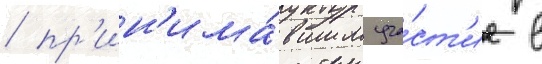
/ пр'ин'има́вшим уча́ст'ие в